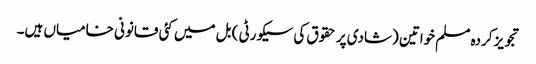
تجویز کردہ مسلم خواتین (شادی پر حقوق کی سیکورٹی ) بل میں کئی قانونی خامیاں ہیں۔